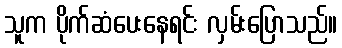
သူက ပိုက်ဆံပေးနေရင်း လှမ်းပြောသည်။